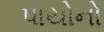
પાયોનો